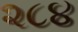
૨૮૪